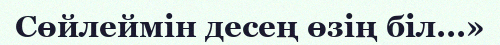
Сөйлеймін десең өзің біл...»